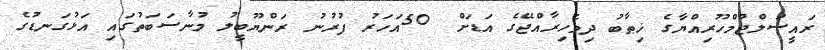
ރައީސުލްޖުމްހޫރިއްޔާގެ ޚިޠާބު ދިވެހިރާއްޖޭގެ އަޑަށް  50އަހަރު ފުރުނު ރަންޔޫބީލު މުނާސަބަތުގައި އަޅުގަނޑުގެ